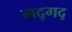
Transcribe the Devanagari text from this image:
गद्‍गद्